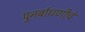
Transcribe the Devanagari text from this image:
पुनर्बाधणीचे